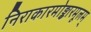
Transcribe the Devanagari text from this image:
निराकारमोङ्कारमूलम्